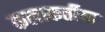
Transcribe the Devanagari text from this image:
कलाकर्तीया